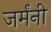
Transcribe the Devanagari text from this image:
जर्मंनी